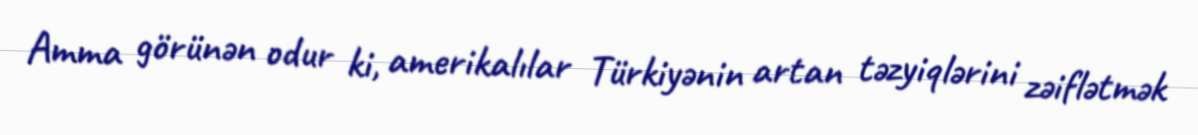
Amma görünən odur ki, amerikalılar Türkiyənin artan təzyiqlərini zəiflətmək